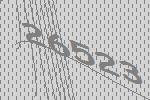
26523